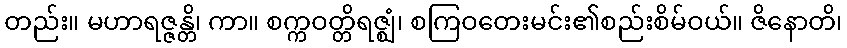
တည်း။ မဟာရဇ္ဇန္တိ၊ ကာ။ စက္ကဝတ္တိရဇ္ဈံ၊ စကြဝတေးမင်း၏စည်းစိမ်ဝယ်။ ဇိနောတိ၊